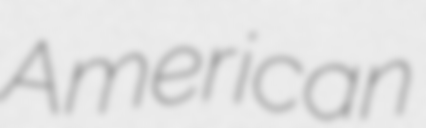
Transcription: American